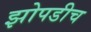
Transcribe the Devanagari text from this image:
झोपडीच